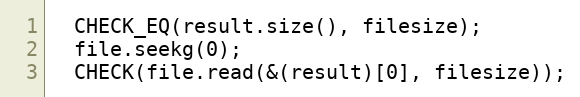
Language: C++
  CHECK_EQ(result.size(), filesize);
  file.seekg(0);
  CHECK(file.read(&(result)[0], filesize));